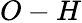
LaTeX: O-H